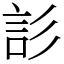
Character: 䚲